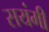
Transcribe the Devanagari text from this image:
सयंमी